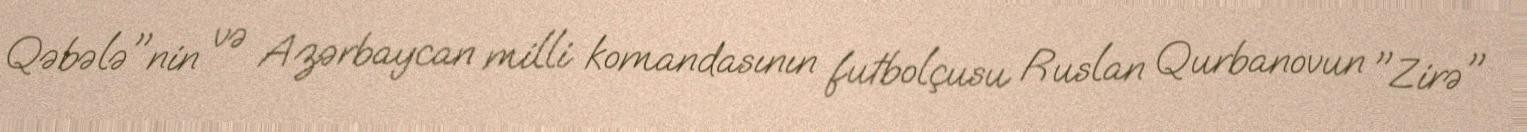
Qəbələ"nin və Azərbaycan milli komandasının futbolçusu Ruslan Qurbanovun "Zirə"